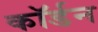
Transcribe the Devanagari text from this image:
कॉर्डन